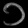
Digit: ၁